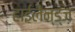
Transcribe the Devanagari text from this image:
हाईलैन्ड्ज़